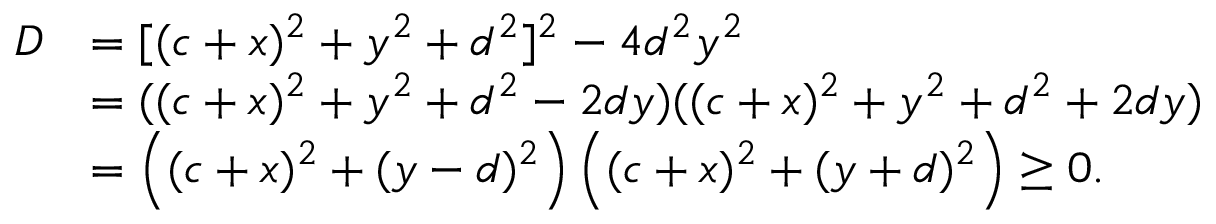
\begin{array} { r l } { D } & { = [ ( c + x ) ^ { 2 } + y ^ { 2 } + d ^ { 2 } ] ^ { 2 } - 4 d ^ { 2 } y ^ { 2 } } \\ & { = ( ( c + x ) ^ { 2 } + y ^ { 2 } + d ^ { 2 } - 2 d y ) ( ( c + x ) ^ { 2 } + y ^ { 2 } + d ^ { 2 } + 2 d y ) } \\ & { = \left( ( c + x ) ^ { 2 } + ( y - d ) ^ { 2 } \right) \left( ( c + x ) ^ { 2 } + ( y + d ) ^ { 2 } \right) \ge 0 . } \end{array}